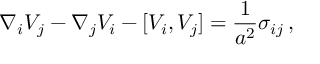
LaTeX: \nabla _ { i } V _ { j } - \nabla _ { j } V _ { i } - [ V _ { i } , V _ { j } ] = \frac { 1 } { a ^ { 2 } } \sigma _ { i j } \, ,